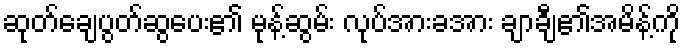
ဆုတ်ချေပွတ်ဆွပေး၏ မုန့်ဆွမ်း လုပ်အားခအား ချာချီ၏အမိန့်ကို